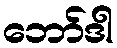
ဘော်ဒါ